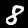
Label: 8